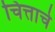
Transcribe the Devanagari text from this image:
चित्ताचे